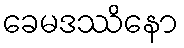
ခေမဒဿိနော